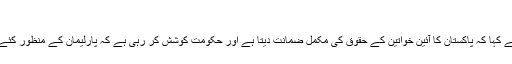
“
وائس آف امریکہ سے گفتگو میں نفیسہ شاہ نے کہا کہ پاکستان کا آئین خواتین کے حقوق کی مکمل ضمانت دیتا ہے اور حکومت کوشش کر رہی ہے کہ پارلیمان کے منظور کئے گئے قوانین کو بھی عملی جامہ پہنایا جائے۔